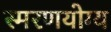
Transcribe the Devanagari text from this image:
स्मरणयोग्य